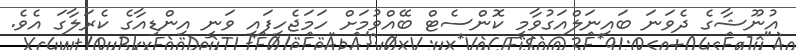
އުނޫޝާގެ ދެވަނަ ބައިނަލްއަގުވާމީ ކޮންސެޓް ބޭއްވުމަށް ހަމަޖެހިފައި ވަނީ އިންޑިއާގެ ކެރަލާގަ އެވެ.